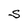
Character: S